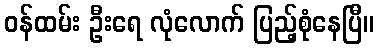
ဝန်ထမ်း ဦးရေ လုံလောက် ပြည့်စုံနေပြီ။